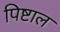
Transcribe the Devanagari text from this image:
पिष्टाल